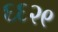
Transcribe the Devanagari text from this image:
६६२९